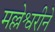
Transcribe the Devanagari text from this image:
मल्लेश्वरीने